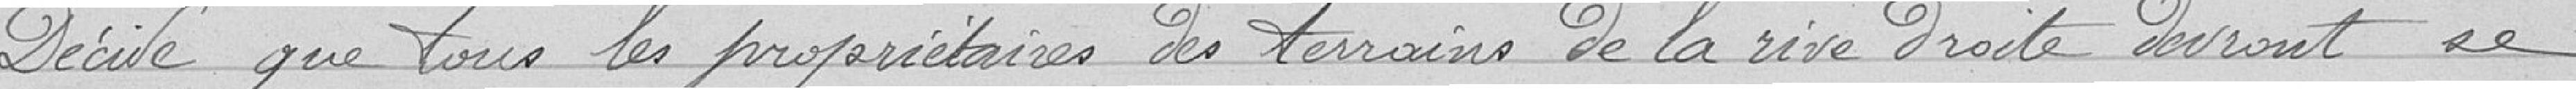
décide que tous les propriétaires des terrains la rive droite devront se